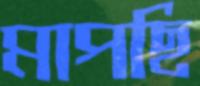
মাপছি